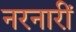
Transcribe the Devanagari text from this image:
नरनारीं